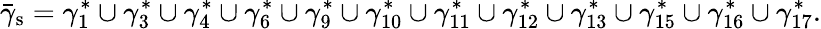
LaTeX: \bar{\gamma}_{\mathrm{s}}=\gamma_{1}^{\ast}\cup\gamma_{3}^{\ast}\cup\gamma_{4}^{\ast}\cup\gamma_{6}^{\ast}\cup\gamma_{9}^{\ast}\cup\gamma_{10}^{\ast}\cup\gamma_{11}^{\ast}\cup\gamma_{12}^{\ast}\cup\gamma_{13}^{\ast}\cup\gamma_{15}^{\ast}\cup\gamma_{16}^{\ast}\cup\gamma_{17}^{\ast}.